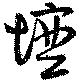
壇